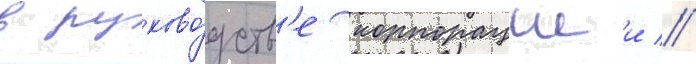
в руково́дств'е корпорациеи //